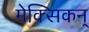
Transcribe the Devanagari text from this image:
मेक्सिकन्